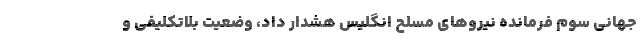
جهانی سوم فرمانده نیروهای مسلح انگلیس هشدار داد، وضعیت بلاتکلیفی و